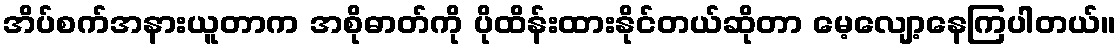
အိပ်စက်အနားယူတာက အစိုဓာတ်ကို ပိုထိန်းထားနိုင်တယ်ဆိုတာ မေ့လျော့နေကြပါတယ်။